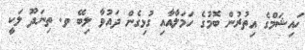
ހައިޝަމްގެ އިތުރުން ބޮމުގެ ހަމަލާއާއި ގުޅިގެން ދައުވާ ލިބޭ ވ. ތިނަދޫ ލަކީ